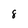
Character: 8